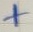
Text: +